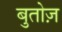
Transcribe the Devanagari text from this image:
बुतोज़